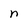
Character: n